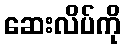
ဆေးလိပ်ကို